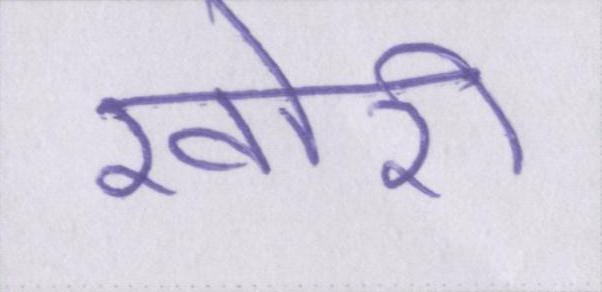
खोरी